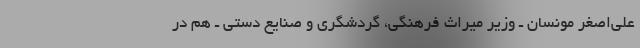
علی‌اصغر مونسان ـ وزیر میراث فرهنگی، گردشگری و صنایع دستی ـ هم در